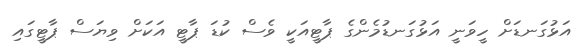
އަޅުގަނޑަށް ހީވަނީ އަޅުގަނޑުމެންގެ ޕާޓީއަކީ ވެސް ކުޑަ ޕާޓީ އަކަށް ވިޔަސް ޕާޓީގައި